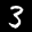
Label: 3